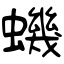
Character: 蟣